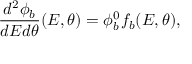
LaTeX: \frac { d ^ { 2 } \phi _ { b } } { d E d \theta } ( E , \theta ) = \phi _ { b } ^ { 0 } f _ { b } ( E , \theta ) ,